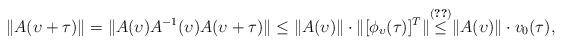
LaTeX: \begin{align*} \|A(\upsilon+\tau)\| = \| A(\upsilon) A^{-1}(\upsilon) A(\upsilon+\tau) \| \leq \|A(\upsilon)\| \cdot \| [\phi_{\upsilon}(\tau)]^T \| \smash{\overset{\eqref{eq:PhiHigherDerivativeEstimate}}{\leq}} \|A(\upsilon)\| \cdot v_0(\tau), \end{align*}